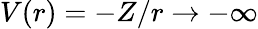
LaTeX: V(r)=-Z/r\to-\infty